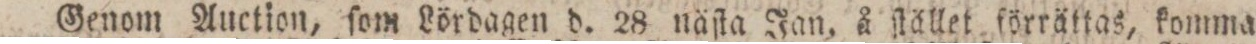
Genom Auction, ſom Lördagen d. 28 näſta Jan. å ſtället förrättas, komma